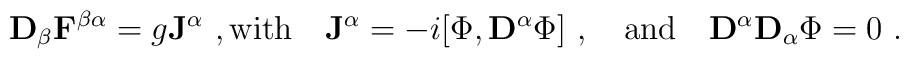
{\bf D}_\beta{\bf F}^{\beta \alpha} = g{\bf J }^\alpha\ ,{\rm with} \quad {\bf J }^\alpha = - i\bigl[\Phi,{\bf D}^\alpha  \Phi\bigr]  \ ,\quad {\rm{and}} \quad {\bf D}^\alpha {\bf D}_\alpha  \Phi = 0 \ .